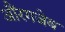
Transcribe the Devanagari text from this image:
औंरगजेब